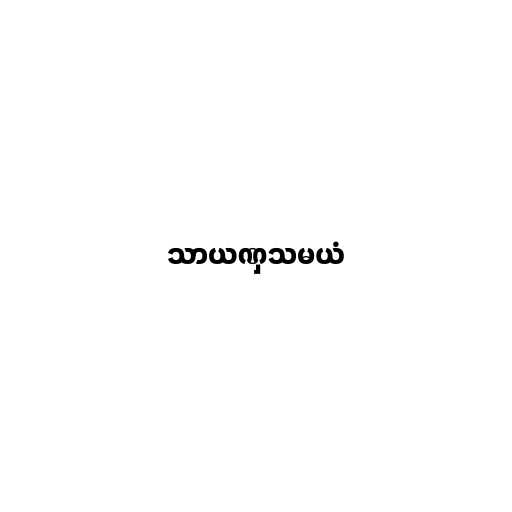
သာယဏှသမယံ